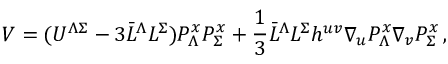
{ \cal V } = ( U ^ { \Lambda \Sigma } - 3 \bar { L } ^ { \Lambda } L ^ { \Sigma } ) P _ { \Lambda } ^ { x } P _ { \Sigma } ^ { x } + \frac 1 3 \bar { L } ^ { \Lambda } L ^ { \Sigma } h ^ { u v } \nabla _ { u } P _ { \Lambda } ^ { x } \nabla _ { v } P _ { \Sigma } ^ { x } \, ,